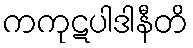
ကကုဋပါဒါနီတိ